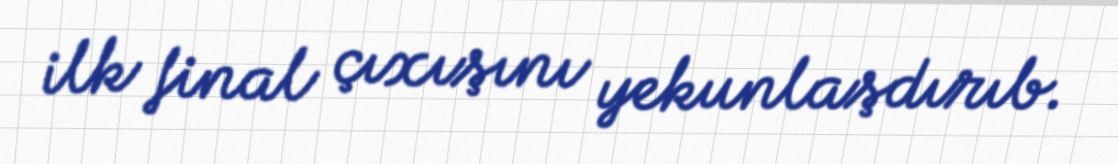
ilk final çıxışını yekunlaşdırıb.